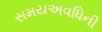
સમયઅવધિની